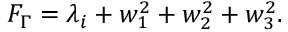
F _ { \Gamma } = \lambda _ { i } + w _ { 1 } ^ { 2 } + w _ { 2 } ^ { 2 } + w _ { 3 } ^ { 2 } .